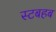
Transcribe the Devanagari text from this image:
स्टबहब